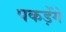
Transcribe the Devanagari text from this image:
पकड़ेंगे